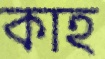
কাহ